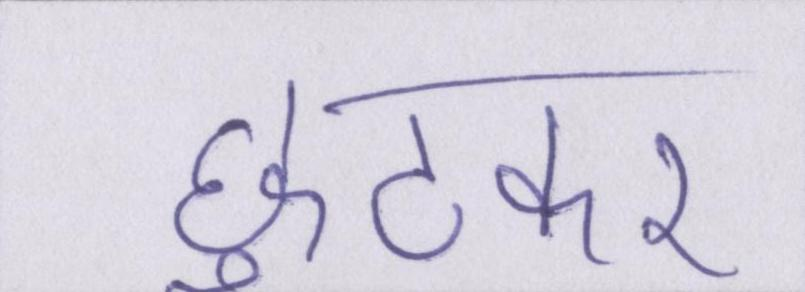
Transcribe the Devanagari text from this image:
छुटकर